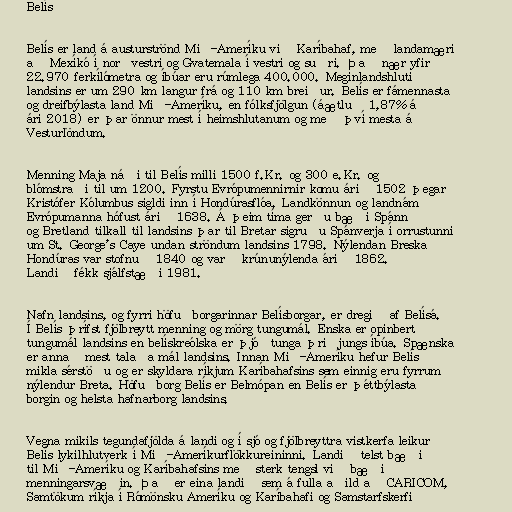
Belís

Belís er land á austurströnd Mið-Ameríku við Karíbahaf, með landamæri
að Mexíkó í norðvestri og Gvatemala í vestri og suðri. Það nær yfir
22.970 ferkílómetra og íbúar eru rúmlega 400.000. Meginlandshluti
landsins er um 290 km langur frá og 110 km breiður. Belís er fámennasta
og dreifbýlasta land Mið-Ameríku, en fólksfjölgun (áætluð 1,87% á
ári 2018) er þar önnur mest í heimshlutanum og með því mesta á
Vesturlöndum.

Menning Maja náði til Belís milli 1500 f.Kr. og 300 e.Kr. og
blómstraði til um 1200. Fyrstu Evrópumennirnir komu árið 1502 þegar
Kristófer Kólumbus sigldi inn í Hondúrasflóa. Landkönnun og landnám
Evrópumanna hófust árið 1638. Á þeim tíma gerðu bæði Spánn
og Bretland tilkall til landsins þar til Bretar sigruðu Spánverja í orrustunni
um St. George's Caye undan ströndum landsins 1798. Nýlendan Breska
Hondúras var stofnuð 1840 og varð krúnunýlenda árið 1862.
Landið fékk sjálfstæði 1981.

Nafn landsins, og fyrri höfuðborgarinnar Belísborgar, er dregið af Belísá.
Í Belís þrífst fjölbreytt menning og mörg tungumál. Enska er opinbert
tungumál landsins en belískreólska er þjóðtunga þriðjungs íbúa. Spænska
er annað mest talaða mál landsins. Innan Mið-Ameríku hefur Belís
mikla sérstöðu og er skyldara ríkjum Karíbahafsins sem einnig eru fyrrum
nýlendur Breta. Höfuðborg Belís er Belmópan en Belís er þéttbýlasta
borgin og helsta hafnarborg landsins.

Vegna mikils tegundafjölda á landi og í sjó og fjölbreyttra vistkerfa leikur
Belís lykilhlutverk í Mið-Ameríkurflökkureininni. Landið telst bæði
til Mið-Ameríku og Karíbahafsins með sterk tengsl við bæði
menningarsvæðin. Það er eina landið sem á fulla aðild að CARICOM,
Samtökum ríkja í Rómönsku Ameríku og Karíbahafi og Samstarfskerfi